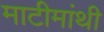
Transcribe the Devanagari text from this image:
माटीमांथी